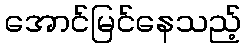
အောင်မြင်နေသည့်